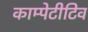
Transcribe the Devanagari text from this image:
काम्पेटीटिव